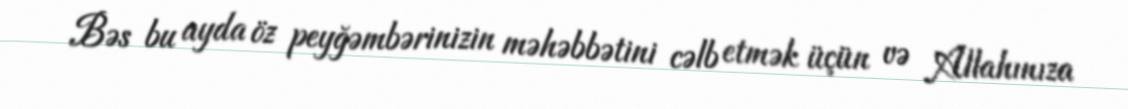
Bəs bu ayda öz peyğəmbərinizin məhəbbətini cəlb etmək üçün və Allahınıza